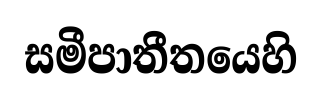
සමීපාතීතයෙහි